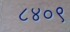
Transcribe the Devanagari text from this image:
८४०९